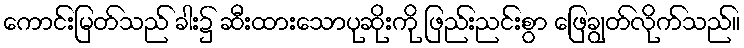
ကောင်းမြတ်သည် ခါး၌ ဆီးထားသောပုဆိုးကို ဖြည်းညင်းစွာ ဖြေချွတ်လိုက်သည်။